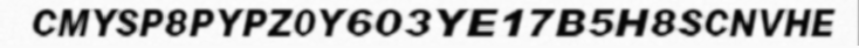
CMYSP8PYPZ0Y603YE17B5H8SCNVHE